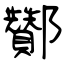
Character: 酇